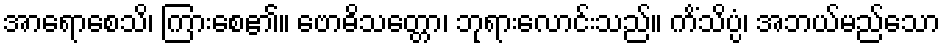
အာရောစေသိ၊ ကြားစေ၏။ ဗောဓိသတ္တော၊ ဘုရားလောင်းသည်။ ကိံသိပ္ပံ၊ အဘယ်မည်သော